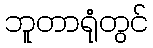
ဘူတာရုံတွင်